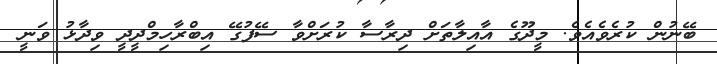
ބޭނުން ކުރެވެއެވެ. މީދޫގެ އާއިލާތަށް ދިރާސާ ކުރަށްވާ ސޭފުގޭ އިބްރާހިމްދީދީ ވިދާޅު ވަނީ